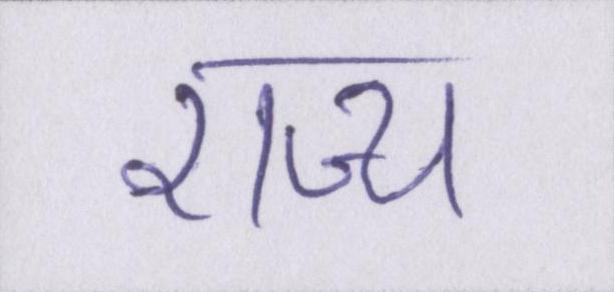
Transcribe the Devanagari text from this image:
राज्य